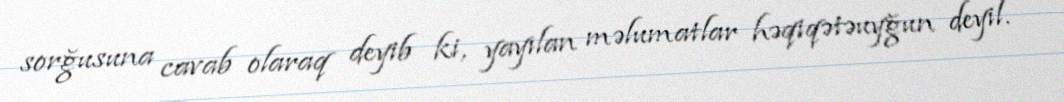
sorğusuna cavab olaraq deyib ki, yayılan məlumatlar həqiqətəuyğun deyil.